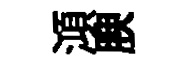
澒腴